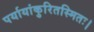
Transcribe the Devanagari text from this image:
पर्यायांकुरितस्मितः।